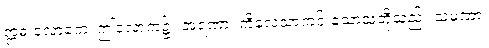
ဣဓ လောကေ၊ ဤလောက၌။ အရဏာ၊ ကိလေသာကင်းသောသူတို့သည်။ သမဏာ၊